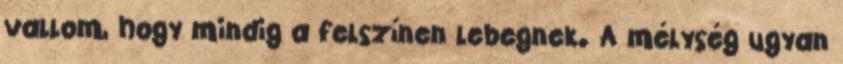
vallom, hogy mindig a felszínen lebegnek. A mélység ugyan